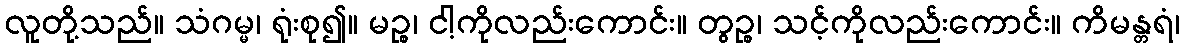
လူတို့သည်။ သံဂမ္မ၊ ရုံးစု၍။ မဉ္စ၊ ငါ့ကိုလည်းကောင်း။ တွဉ္စ၊ သင့်ကိုလည်းကောင်း။ ကိမန္တရံ၊